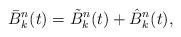
LaTeX: \begin{align*}{\bar{B}}_{k}^{n}(t)={\tilde{B}}_{k}^{n}(t)+{\hat{B}}_{k}^{n}(t),\end{align*}